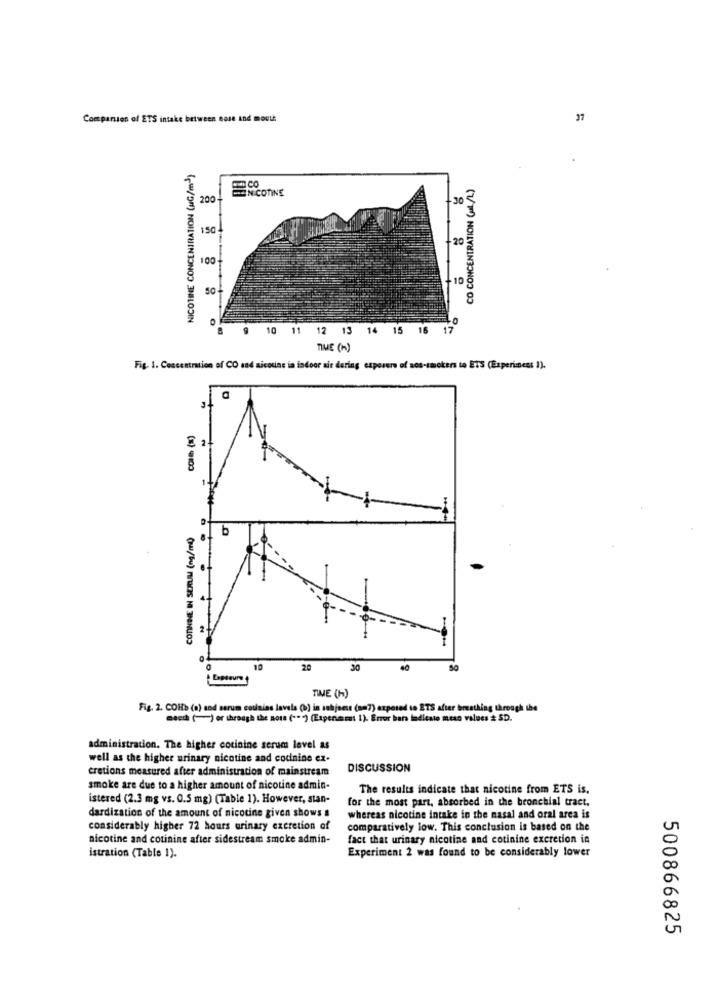
Companion of ETS intake between ease and mouth
37
NICOTINE CONCENTRATION (MG/m23)
CO CONCENTRATION (ML/L)
200+
NICOTINE
30
150
20
-10
9 10 11
12 13 14 15 16 17
TIME (A)
Fig. 1. Concentration of CO and nicotine in indoor sie dering exposure of non-smokers to ETTS (Experiment 1).
b
10
28
30
Capteuret
TIME (H)
Fig. 2. COHb (a) and serum cousins lavela (b) in subjects (am7) exposed to ETS after breathing through the
mecch (-) or through the note ("") (Expenamat 1). Error bars ladiesto mean values # SD.
administration. The higher cotinine serum level as
well as the higher urinary nicotine and codinine ex-
cretions measured after administration of mainstream
DISCUSSION
smoke are due to a higher amount of nicotine admin-
The results indicate that nicotine from ETS is.
istered (2.3 mg vs. 0.5 mg) (Table 1). However, stan-
for the most part, absorbed in the bronchial tract.
dardization of the amount of nicotine given shows a
whereas nicotine intake in the nasal and oral area is
considerably higher 72 hours urinary excretion of
comparatively low. This conclusion is based on the
nicotine and cotinine after sidestream smoke admin-
fact that urinary nicotine and cotinine excretion in
istration (Table 1).
Experiment 2 was found to be considerably lower
500866825